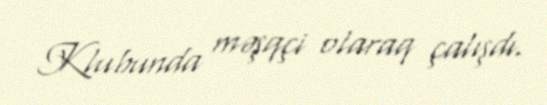
Klubunda məşqçi olaraq çalışdı.